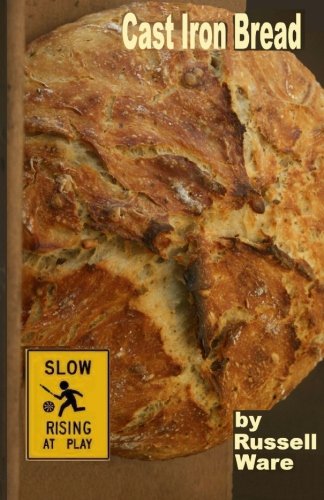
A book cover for Cast Iron Bread: A Baker's Dozen Primer (Volume 1); Russell Ware; Cookbooks, Food & Wine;